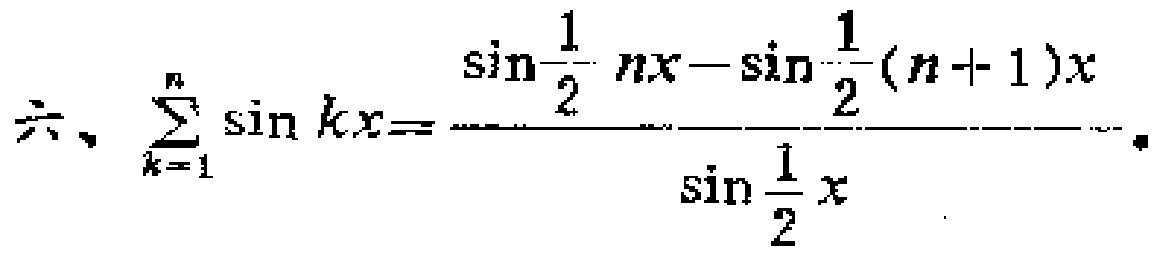
六、$\sum_{k = 1}^{n} \sin kx = \frac{\sin\frac{1}{2}nx - \sin\frac{1}{2}(n + 1)x}{\sin\frac{1}{2}x}$